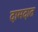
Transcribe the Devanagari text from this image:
दामदात